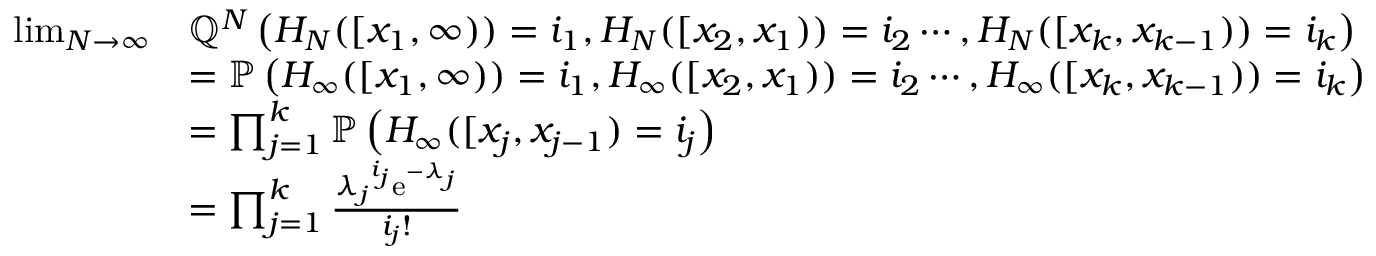
\begin{array} { r l } { \operatorname* { l i m } _ { N \to \infty } } & { { \mathbb Q } ^ { N } \left( H _ { N } ( [ x _ { 1 } , \infty ) ) = i _ { 1 } , H _ { N } ( [ x _ { 2 } , x _ { 1 } ) ) = i _ { 2 } \cdots , H _ { N } ( [ x _ { k } , x _ { k - 1 } ) ) = i _ { k } \right) } \\ & { = { \mathbb P } \left( H _ { \infty } ( [ x _ { 1 } , \infty ) ) = i _ { 1 } , H _ { \infty } ( [ x _ { 2 } , x _ { 1 } ) ) = i _ { 2 } \cdots , H _ { \infty } ( [ x _ { k } , x _ { k - 1 } ) ) = i _ { k } \right) } \\ & { = \prod _ { j = 1 } ^ { k } { \mathbb P } \left( H _ { \infty } ( [ x _ { j } , x _ { j - 1 } ) = i _ { j } \right) } \\ & { = \prod _ { j = 1 } ^ { k } \frac { { \lambda _ { j } } ^ { i _ { j } } \mathrm { e } ^ { - \lambda _ { j } } } { i _ { j } ! } } \end{array}